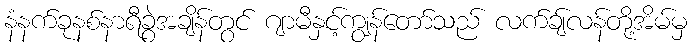
နံနက်ခုနစ်နာရီခွဲအချိန်တွင် ဂျာမီနှင့်ကျွန်တော်သည် လက်ချ်လန်တို့အိမ်မှ